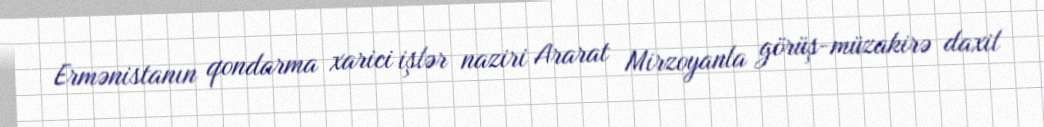
Ermənistanın qondarma xarici işlər naziri Ararat Mirzoyanla görüş-müzakirə daxil